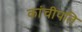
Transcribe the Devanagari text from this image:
कांचीपति